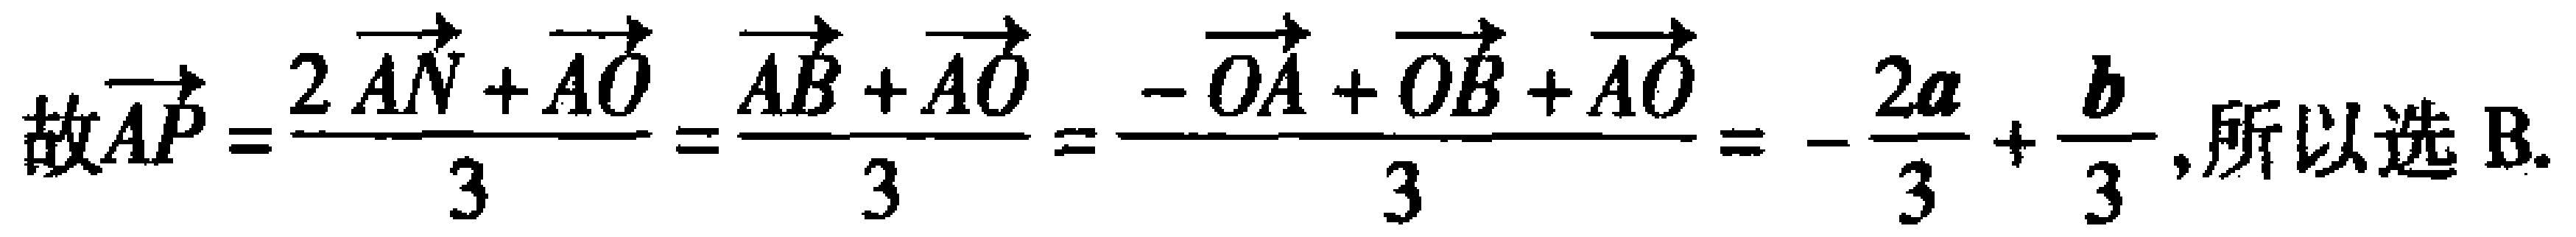
故\(\overrightarrow{AP}=\frac{2\overrightarrow{AN}+\overrightarrow{AO}}{3}=\frac{\overrightarrow{AB}+\overrightarrow{AO}}{3}=\frac{-\overrightarrow{OA}+\overrightarrow{OB}+\overrightarrow{AO}}{3}=-\frac{2\boldsymbol{a}}{3}+\frac{\boldsymbol{b}}{3}\),所以选B.